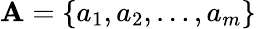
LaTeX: \mathbf{A}=\{ a_{1},a_{2},\dots,a_{m}\}